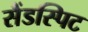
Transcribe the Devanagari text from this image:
सैंडस्पिट